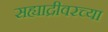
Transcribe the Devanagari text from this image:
सह्याद्रीवरच्या